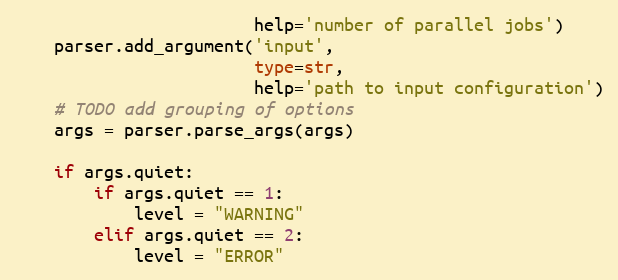
Language: Python
                        help='number of parallel jobs')
    parser.add_argument('input',
                        type=str,
                        help='path to input configuration')
    # TODO add grouping of options
    args = parser.parse_args(args)

    if args.quiet:
        if args.quiet == 1:
            level = "WARNING"
        elif args.quiet == 2:
            level = "ERROR"